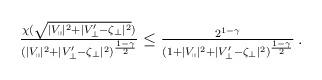
LaTeX: \begin{align*} \begin{aligned} \tfrac{\chi(\sqrt{|V_\shortparallel|^2 + |V_\perp' - \zeta_\perp|^2})}{(|V_\shortparallel|^2 + |V_\perp' - \zeta_\perp|^2)^{\frac{1 - \gamma}{2}}} \leq \tfrac{ 2^{1 - \gamma} }{(1 + |V_\shortparallel|^2 + |V_\perp' - \zeta_\perp|^2)^{\frac{1 - \gamma}{2}}}\,. \end{aligned} \end{align*}